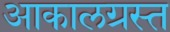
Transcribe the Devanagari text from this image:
आकालग्रस्त